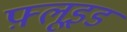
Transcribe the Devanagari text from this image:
फ़्लूइड